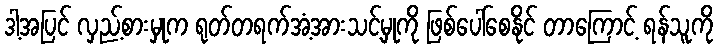
ဒါ့အပြင် လှည့်စားမှုက ရုတ်တရက်အံ့အားသင့်မှုကို ဖြစ်ပေါ်စေနိုင် တာကြောင့် ရန်သူကို